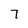
Character: 7